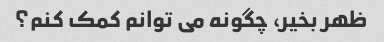
ظهر بخیر، چگونه می توانم کمک کنم؟